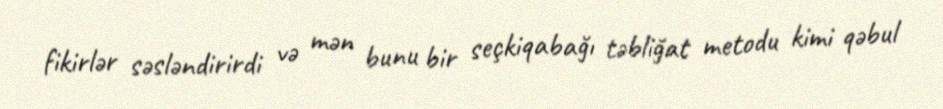
fikirlər səsləndirirdi və mən bunu bir seçkiqabağı təbliğat metodu kimi qəbul